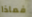
فماذا